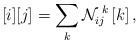
\begin{align*}\, [i] [j] = \sum_{k} {\cal N}_{ij}^{\, \, k} \, [k]\, ,\end{align*}